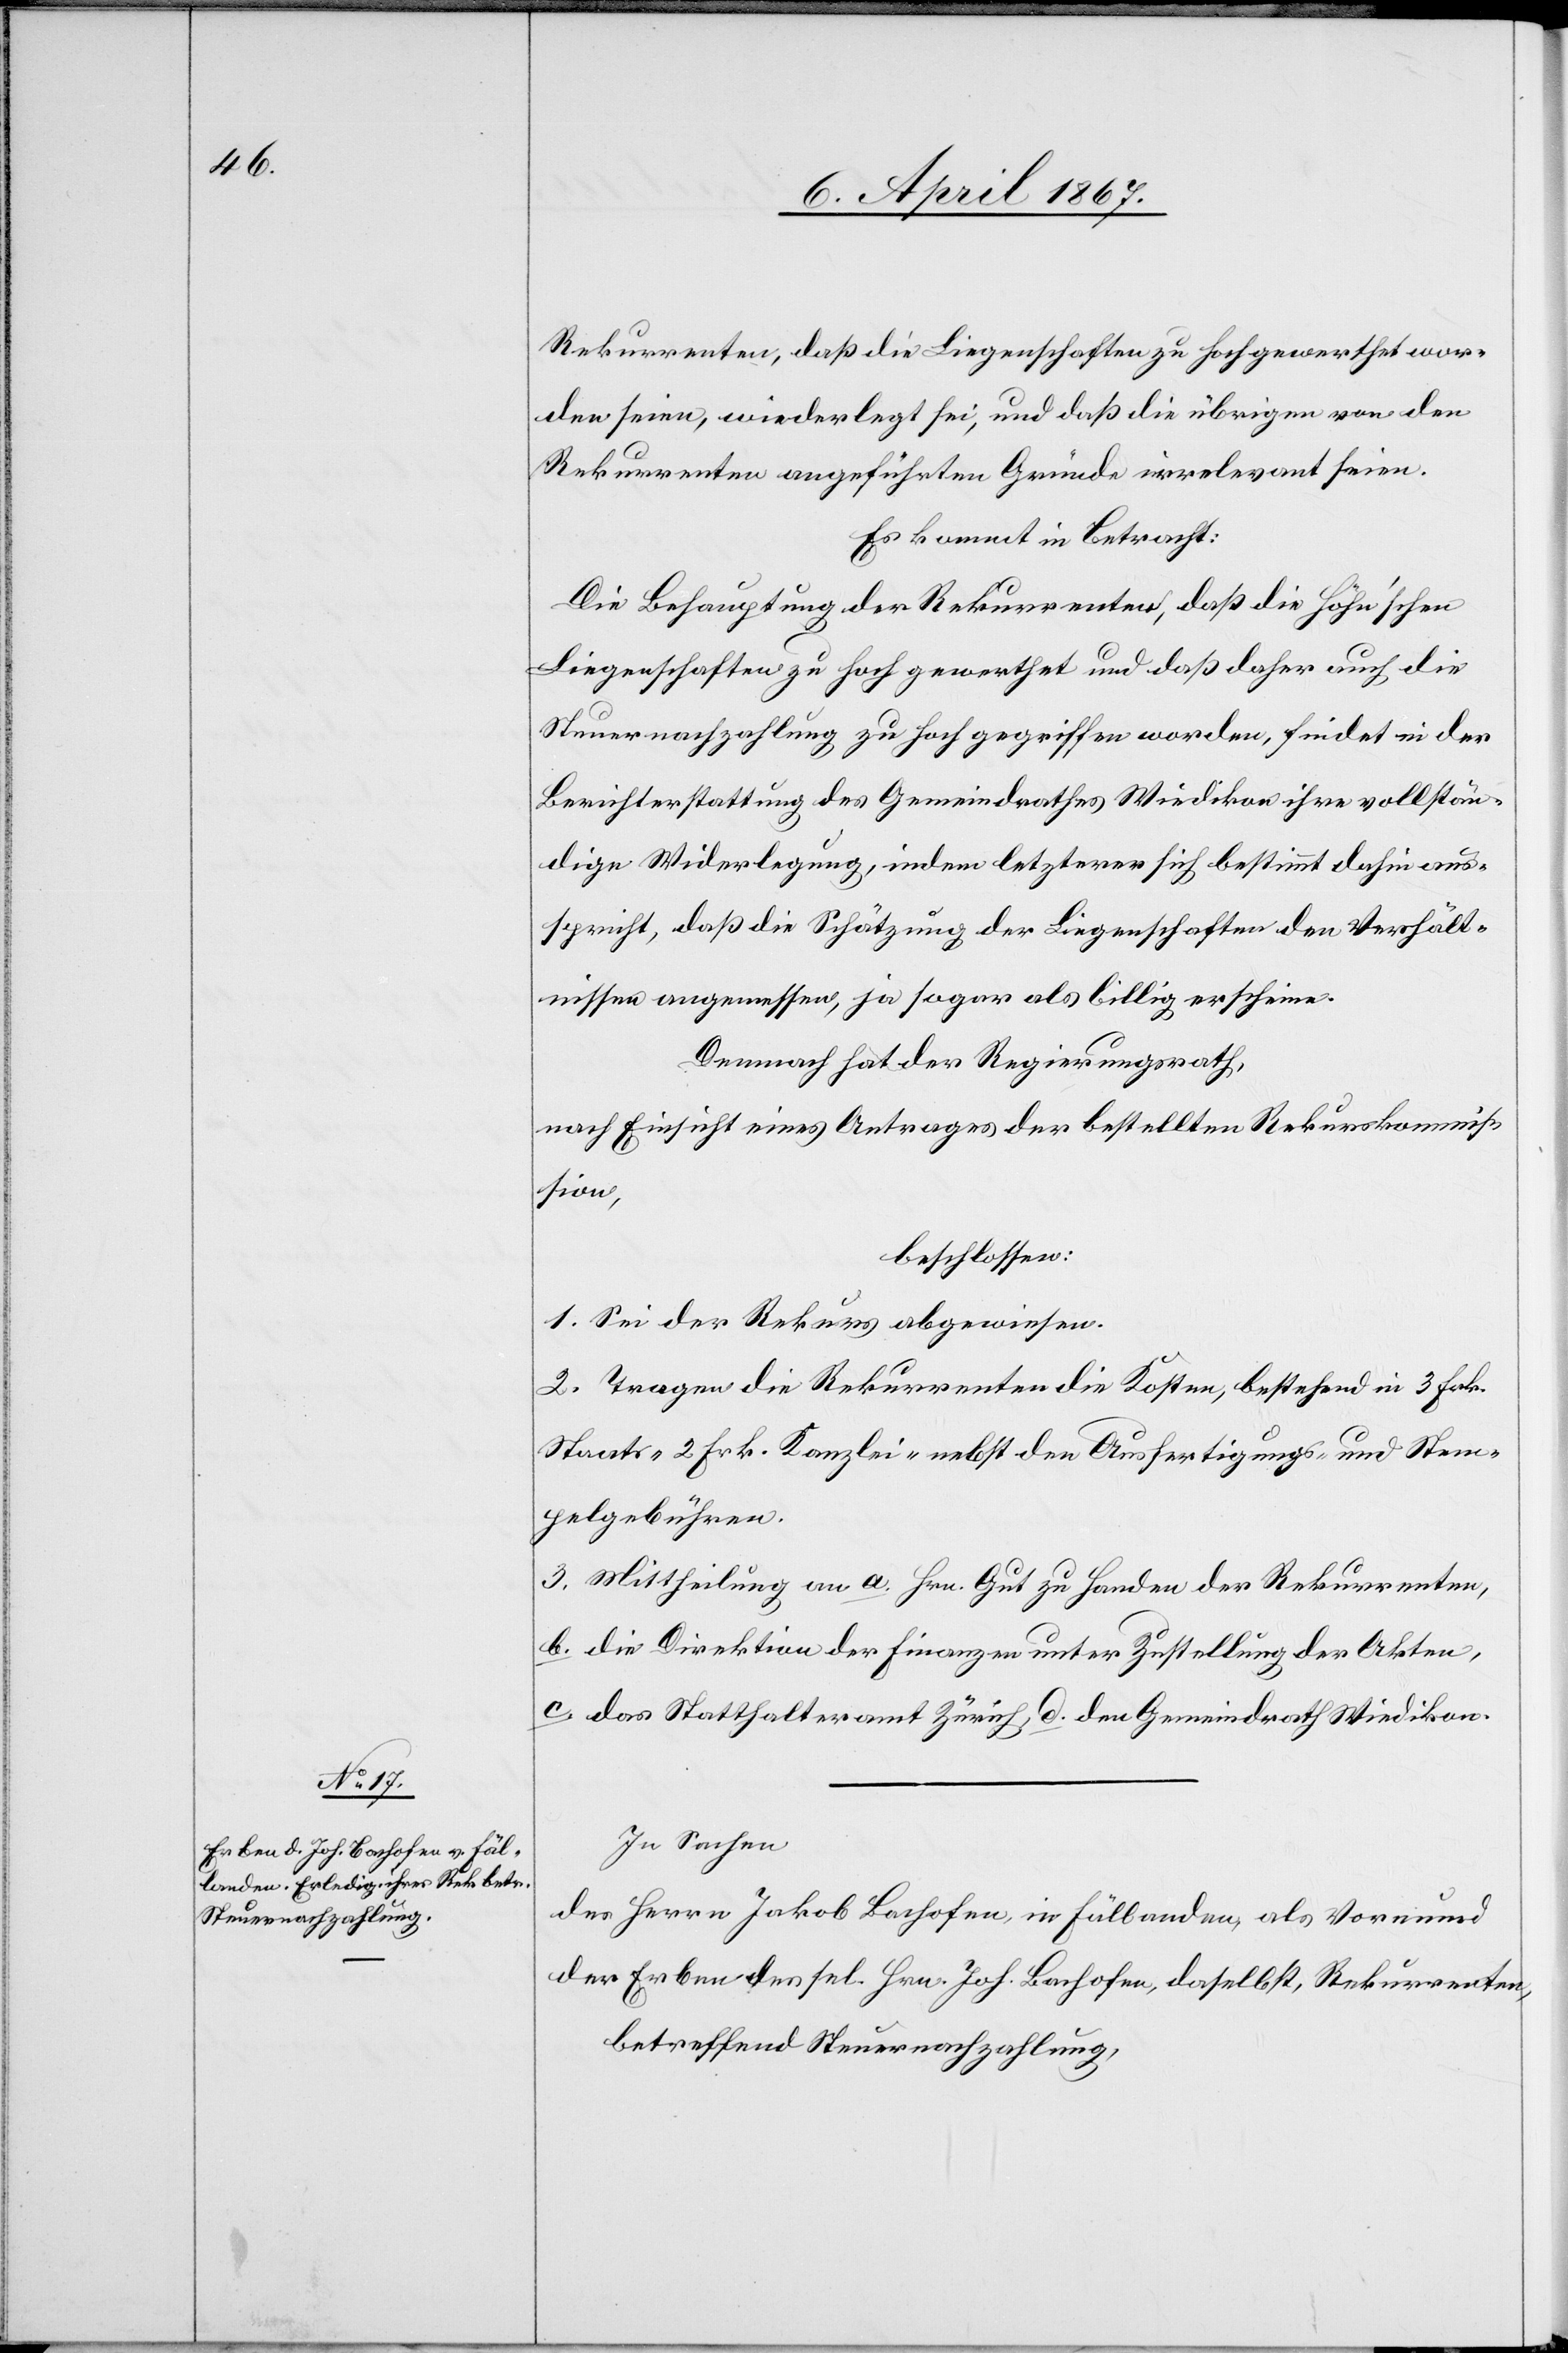
Rekurrenten, daß die Liegenschaften zu hoch gewerthet wor¬
den seien, wiederlegt sei, und daß die übrigen von den
Rekurrenten angeführten Gründe irrelevant seien.
Es kommt in Betracht:
Die Behauptung der Rekurrenten, daß die Höhn’schen
Liegenschaften zu hoch gewerthet und daß daher auch die
Steuernachzahlung zu hoch gegriffen worden, findet in der
Berichterstattung des Gemeindrathes Wiedikon ihre vollstän¬
dige Widerlegung, indem letzterer sich bestimmt dahin aus¬
spricht, daß die Schätzung der Liegenschaften den Verhält¬
nissen angemessen, ja sogar als billig erscheine.
Demnach hat der Regierungsrath,
nach Einsicht eines Antrages der bestellten Rekurskommis¬
sion,
beschlossen:
1. Sei der Rekurs abgewiesen.
2. Tragen die Rekurrenten die Kosten, bestehend in 3 Frk.
Staats-[,] 2 Frk. Kanzlei-[,] nebst den Ausfertigungs- und Stem¬
pelgebühren.
3. Mittheilung an a. Hrn. Gut zu Handen der Rekurrenten,
b. die Direktion der Finanzen unter Zustellung der Akten,
c. das Statthalteramt Zürich, d. dem Gemeinderath Wiedikon.
In Sachen
des Herrn Jakob Bachofen, in Fällanden, als Vormund
der Erben des sel. Hrn. Joh. Bachofen, daselbst, Rekurrenten,
betreffend Steuernachzahlung,